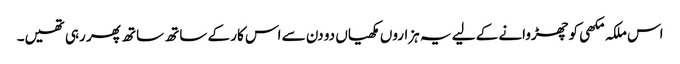
اس ملکہ مکھی کو چھڑوانے کے لیے یہ ہزاروں مکھیاں دو دن سے اس کار کے ساتھ ساتھ پھر رہی تھیں۔